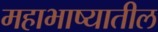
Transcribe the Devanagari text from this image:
महाभाष्यातील